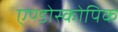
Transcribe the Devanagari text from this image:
एण्डोस्कोपिक